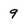
Character: 9